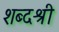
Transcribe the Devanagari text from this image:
शब्दश्री